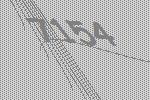
7154